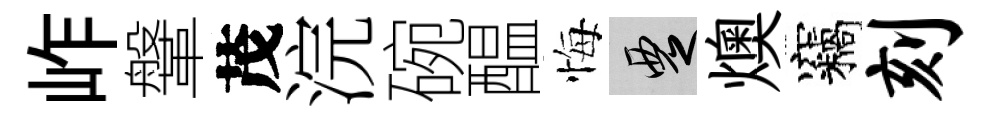
岞鞶茂浣碗醖悔覂燠竊刻